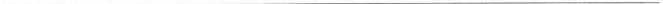
___